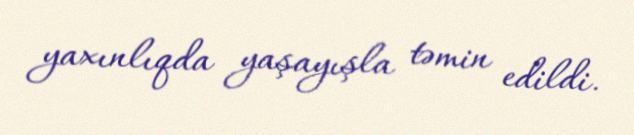
yaxınlıqda yaşayışla təmin edildi.